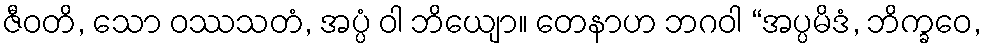
ဇီဝတိ, သော ဝဿသတံ, အပ္ပံ ဝါ ဘိယျော။ တေနာဟ ဘဂဝါ “အပ္ပမိဒံ, ဘိက္ခဝေ,